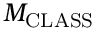
M _ { \mathrm { C L A S S } }